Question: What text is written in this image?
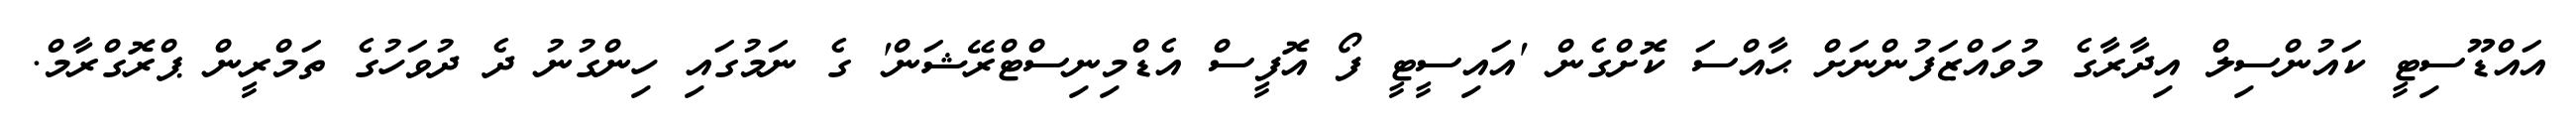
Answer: އައްޑޫސިޓީ ކައުންސިލް އިދާރާގެ މުވައްޒަފުންނަށް ޙާއްސަ ކޮށްގެން 'އައިސީޓީ ފޯ އޮފީސް އެޑްމިނިސްޓްރޭޝަން' ގެ ނަމުގައި ހިންގުނު ދެ ދުވަހުގެ ތަމްރީން ޕްރޮގްރާމް.